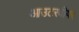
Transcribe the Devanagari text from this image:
आउटरवीयर